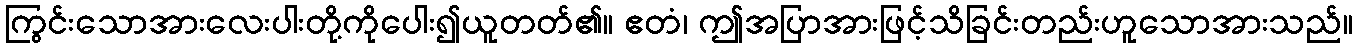
ကြွင်းသောအားလေးပါးတို့ကိုပေါး၍ယူတတ်၏။ ဧတံ၊ ဤအပြာအားဖြင့်သိခြင်းတည်းဟူသောအားသည်။